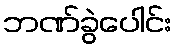
ဘဏ်ခွဲပေါင်း